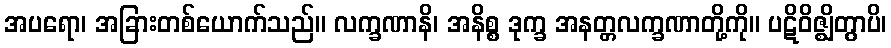
အပရော၊ အခြားတစ်ယောက်သည်။ လက္ခဏာနိ၊ အနိစ္စ ဒုက္ခ အနတ္တလက္ခဏာတို့ကို။ ပဋိဝိဇ္ဈိတွာပိ၊